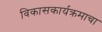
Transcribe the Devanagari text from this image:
विकासकार्यक्रमाचा